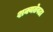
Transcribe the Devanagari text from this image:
शक्यतेवढा